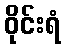
ဝိုင်းရံ